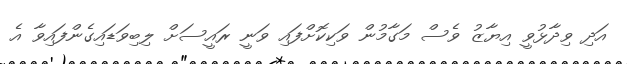
އަދި ވިދާޅުވީ އިޔާޒު ވެސް މަގާމުން ވަކިކޮށްފައި ވަނީ ރައީސަށް ލިބިވަޑައިގެންފައިވާ އެ